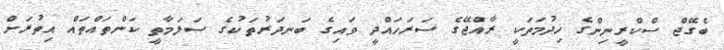
ބެގޭޖް ސްކްރީނިންގެ ޚިދުމަތަކީ ރާއްޖޭގެ ސަރަހައްދީ ވައިގެ ބަނދަރުތަކުގެ ސަލަމާތީ ކަންތައްތައް އިތުރަށް